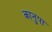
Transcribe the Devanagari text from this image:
कानुपा